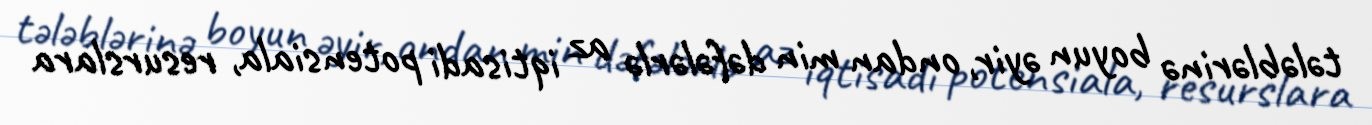
tələblərinə boyun əyir, ondan min dəfələrlə az iqtisadi potensiala, resurslara